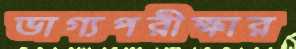
ভাগ্যপরীক্ষার